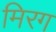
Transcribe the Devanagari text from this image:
मिरग